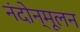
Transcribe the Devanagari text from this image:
नंदोन्मूलन